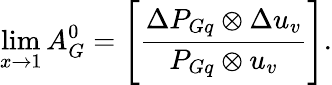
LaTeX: \operatorname*{lim}_{x\to 1}A_{G}^{0}=\Biggl[{\frac{\Delta P_{Gq}\otimes\Delta u_{v}}{P_{Gq}\otimes u_{v}}}\Biggr].